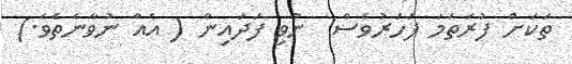
ތަކަށް ފުރަތަމަ ފަހަރުވެސް  ނުވި ފަދައިން ( އެއް ނުވާނެތެވެ.)